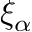
\xi _ { \alpha }